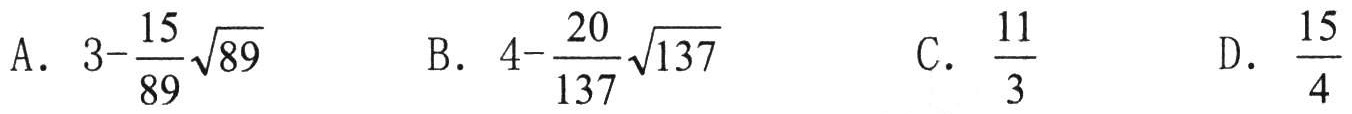
A. $3 - \frac{15}{89}\sqrt{89}$ B. $4 - \frac{20}{137}\sqrt{137}$ C. $\frac{11}{3}$ D. $\frac{15}{4}$